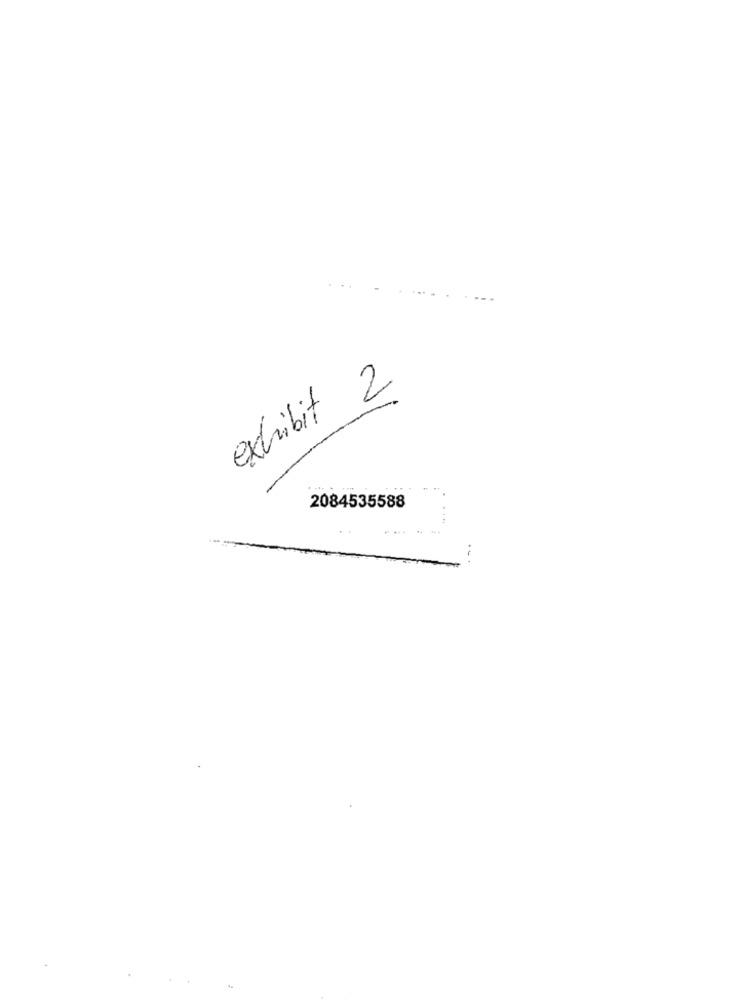
exhibit 2
2084535588
..